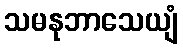
သမနုဘာသေယျံ